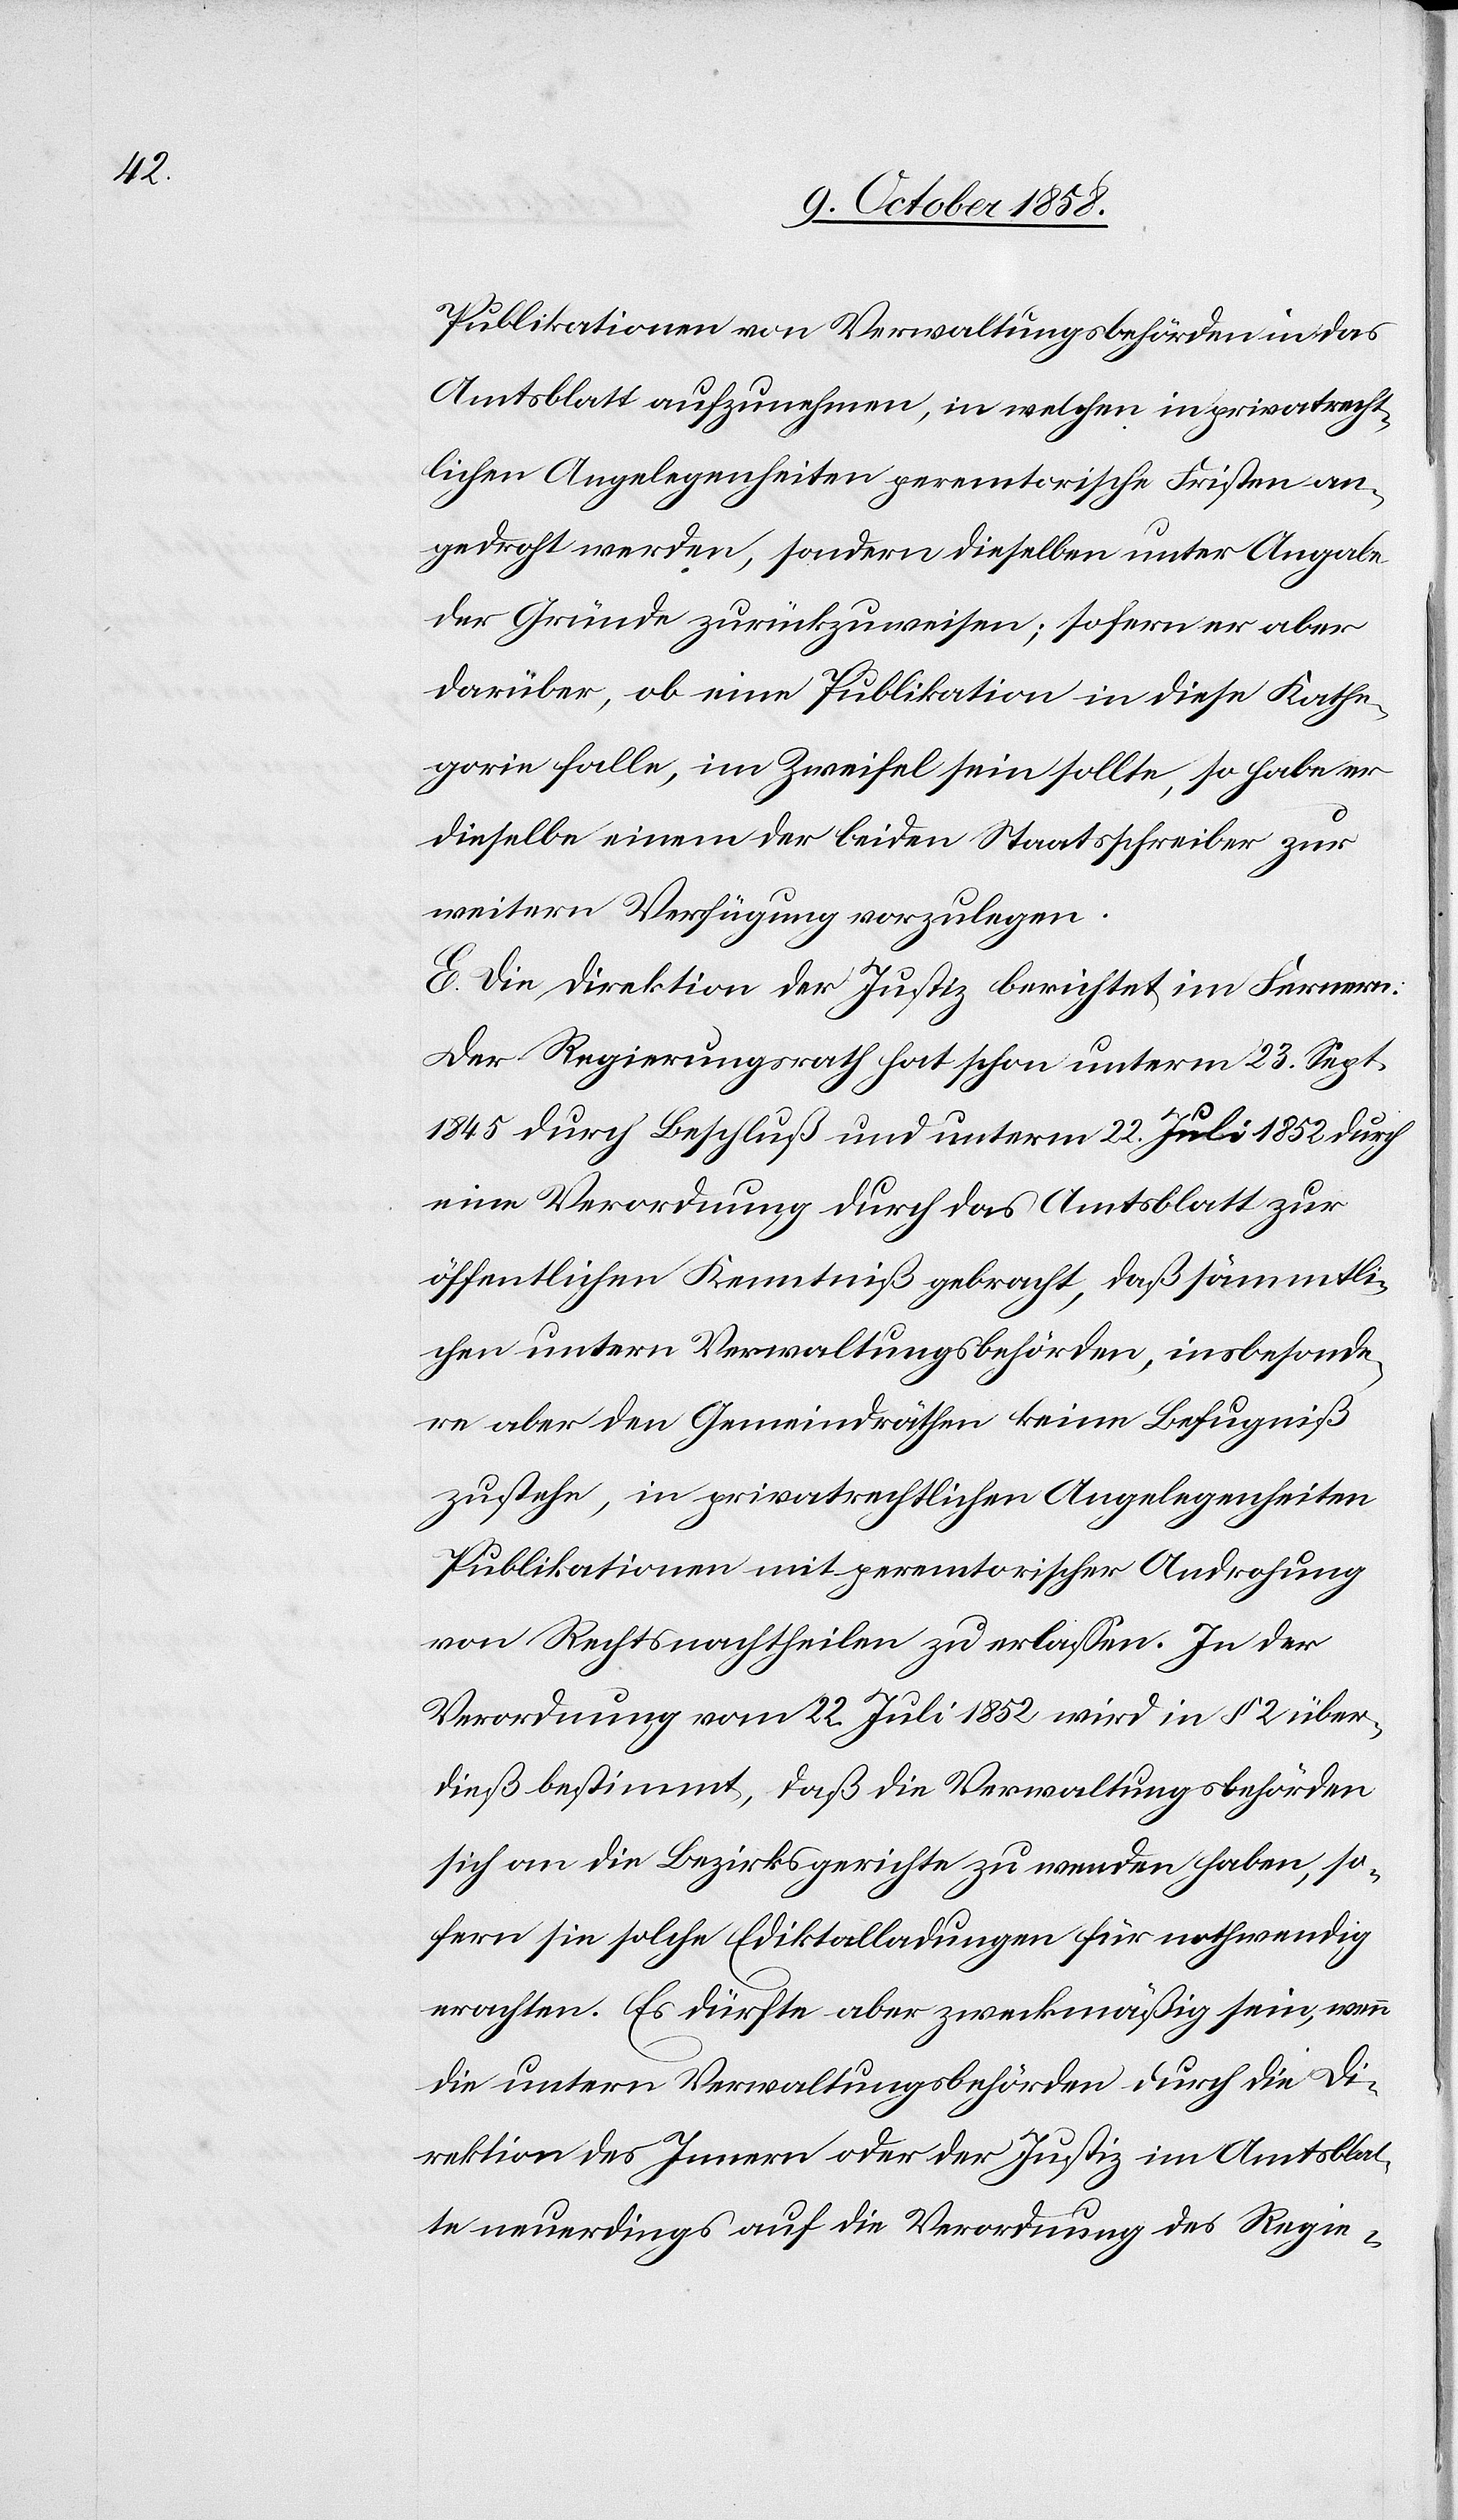
Publikationen von Verwaltungsbehörden in das
Amtsblatt aufzunehmen, in welchen in privatrecht¬
lichen Angelegenheiten peremtorische Fristen an¬
gedroht werden, sondern dieselben unter Angabe
der Gründe zurückzuweisen; sofern er aber
darüber, ob eine Publikation in diese Kathe¬
gorie falle, im Zweifel sein sollte, so habe er
dieselbe einem der beiden Staatsschreiber zur
weitern Verfügung vorzulegen.
E. Die Direktion der Justiz berichtet im Fernern:
Der Regierungsrath hat schon unterm 23. Sept.
1845 durch Beschluß und unterm 22. Juli 1852 durch
eine Verordnung durch das Amtsblatt zur
öffentlichen Kenntniß gebracht, daß sämmtli¬
chen untern Verwaltungsbehörden, insbesonde¬
re aber den Gemeindräthen keine Befugniß
zustehe, in privatrechtlichen Angelegenheiten
Publikationen mit peremtorischer Androhung
von Rechtsnachtheilen zu erlassen. In der
Verordnung vom 22. Juli 1852 wird in § 2 über¬
dieß bestimmt, daß die Verwaltungsbehörden
sich an die Bezirksgerichte zu wenden haben, so¬
fern sie solche Ediktalladungen für nothwendig
erachten. Es dürfte aber zweckmäßig sein, wenn
die untern Verwaltungsbehörden durch die Di¬
rektion des Innern oder der Justiz im Amtsblat¬
te neuerdings auf die Verordnung des Regie-